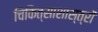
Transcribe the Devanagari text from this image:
चिकित्साशास्त्रों